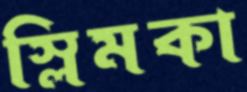
স্লিমকা